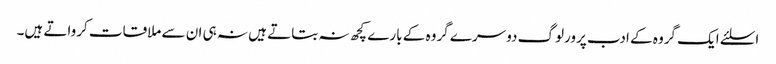
اسلئے ایک گروہ کے ادب پرورلوگ دوسرے گروہ کے بارے کچھ نہ بتاتے ہیں نہ ہی ان سے ملاقات کرواتے ہیں۔